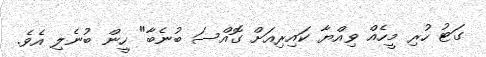
ގަޓު ހުރި މީހެއް ވިއްޔާ ކައިރިއަށް ގޮއްސަ ބުނެބާ" ހީން ބުނެލި އެެވެ.